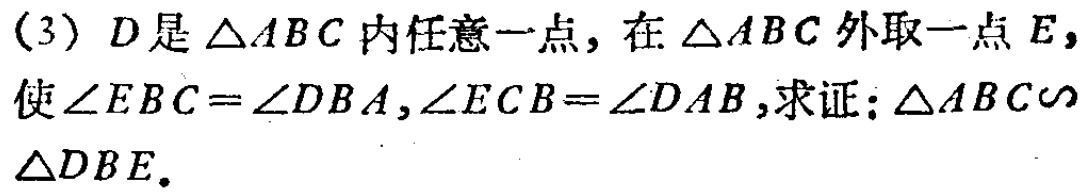
(3) \(D\)是\(\triangle ABC\)内任意一点，在\(\triangle ABC\)外取一点\(E\)，使\(\angle EBC = \angle DBA,\angle ECB = \angle DAB\)，求证：\(\triangle ABC\sim\triangle DBE\)。